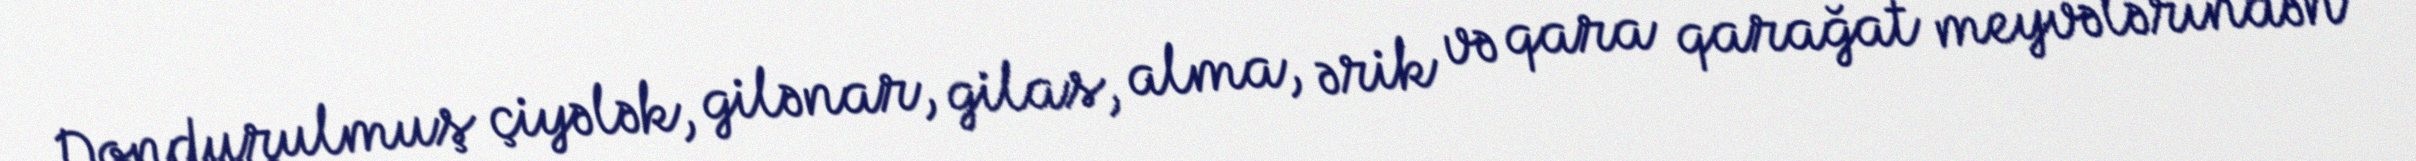
Dondurulmuş çiyələk, gilənar, gilas, alma, ərik və qara qarağat meyvələrindən